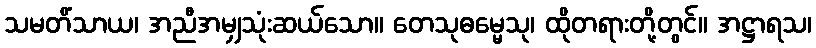
သမတိံသာယ၊ အညီအမျှသုံးဆယ်သော။ တေသုဓမ္မေသု၊ ထိုတရားတို့တွင်။ အဋ္ဌာရသ၊